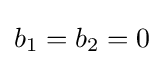
b_{1}=b_{2}=0